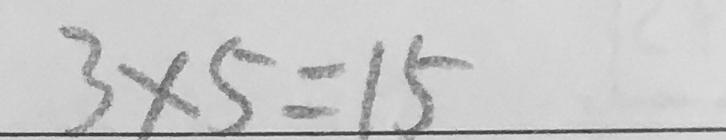
3 \times 5 = 1 5